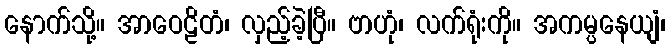
နောက်သို့။ အာဝေဠိတံ၊ လှည့်ခဲ့ပြီ။ ဗာဟုံ၊ လက်ရုံးကို။ အကမ္ပနေယျံ၊